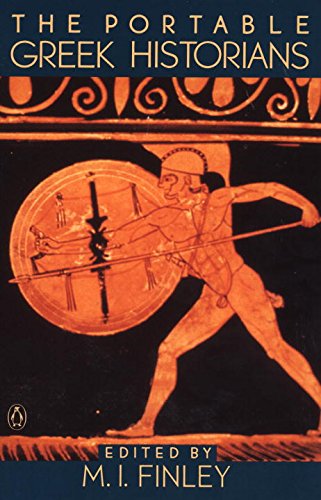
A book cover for The Portable Greek Historians: The Essence of Herodotus, Thucydides, Xenophon, Polybius (Viking Portable Library); Literature & Fiction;